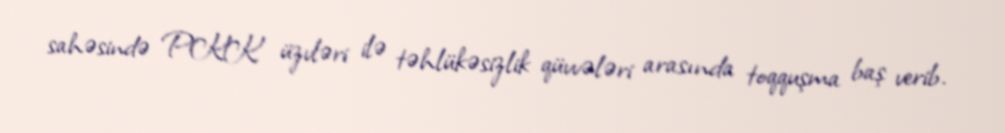
sahəsində PKK üzvləri ilə təhlükəsizlik qüvvələri arasında toqquşma baş verib.